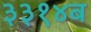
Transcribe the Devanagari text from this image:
३३१४ब